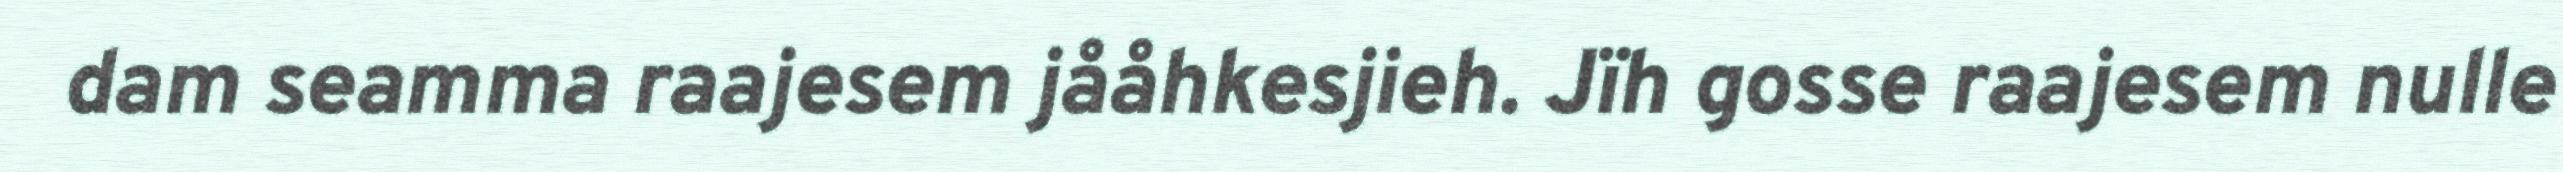
dam seamma raajesem jååhkesjieh. Jïh gosse raajesem nulle